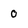
Character: o